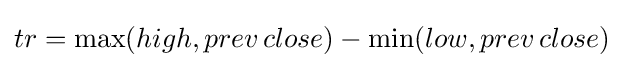
tr=\max(high,prev\,close)-\min(low,prev\,close)